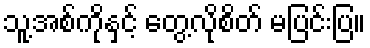
သူ့အစ်ကိုနှင့် တွေ့လိုစိတ် မပြင်းပြ။